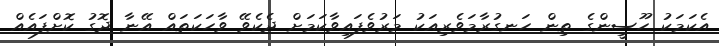
އެކަމަކު ހޫސީންގެ ތިން ހަނގުރާމަވެރިއަކު މަރުވެފައިވާކަމަށް ދެކެވޭ ވާހަކަތައް އޭނާ ދޮގު ކޮށްފައެއް